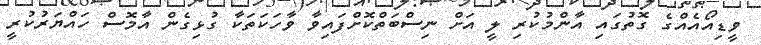
ވީޑިއޯއެއްގެ ގޮތުގައި އާންމުކުރި ލީ އަށް ނިސްބަތްކޮށްފައިވާ ވާހަކަތަކާ ގުޅިގެން އާމޮސް ހައްޔަރުކުރީ